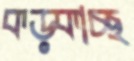
কড়্‌কাচ্ছ